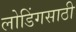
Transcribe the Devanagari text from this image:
लोडिंगसाठी